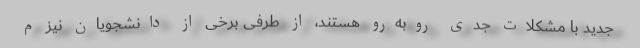
جدید با مشکلات جدی روبه‌رو هستند، از طرفی برخی از دانشجویان نیز م